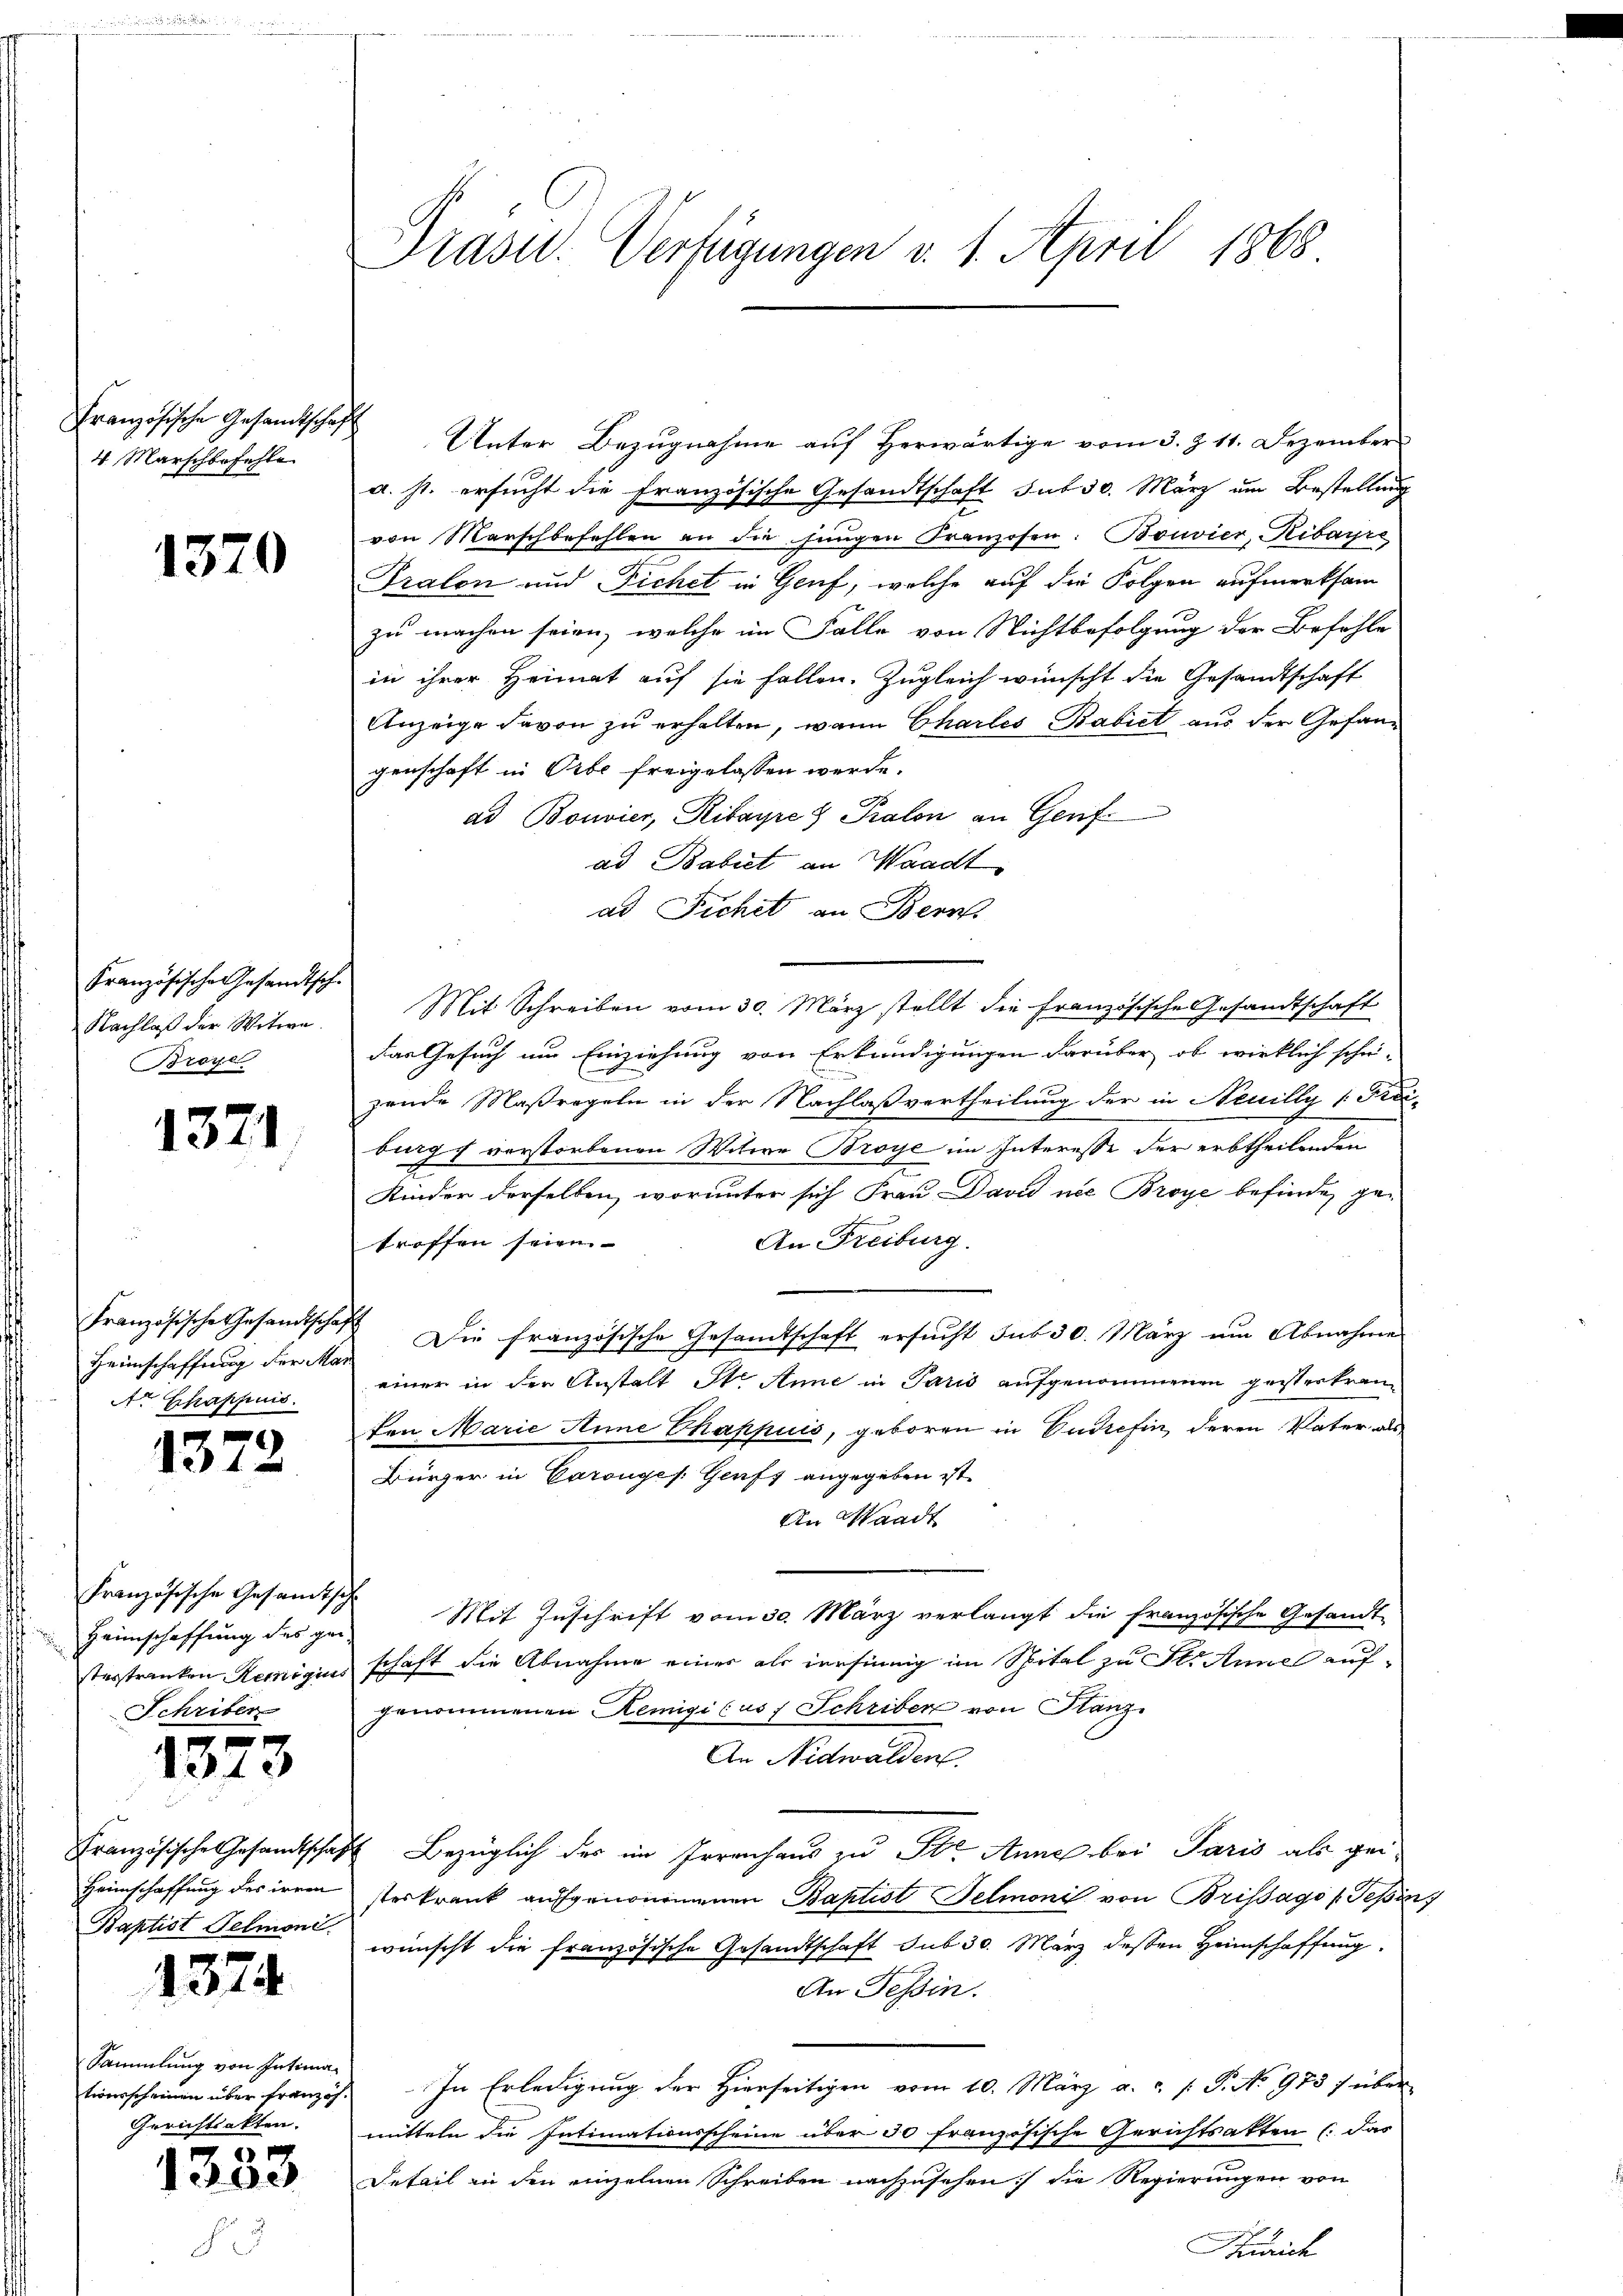
Französische Gesandtschaft
4. Marschbefehle

1370

Französische Gesandtsch-
Nachlaß der Witwe
Broye

1371.

Französische Gesandtschaf
 Heimschaffung der Ma¬
Ar Chappuis

1372

Französische Gesandtsc
Heimschaffung des gestesstranken Reiniguis
Schriber
5

1310

Französische Gesandtschaf
Heimschaffung des irren
Baptist Telmont.

1374

Sammlung von Intimationsscheinen über französ.
Gerichtsakten.

1333

Präsid. Verfügungen v. 1. April 1868

Unter Bezugnahme auf Herwärtige vom 3. Z. 11. Dezember
a. s. ersucht die französische Gesandtschaft sub 30. März um Bestellung
von Marschbefehlen an die jungen Franzosen: Bouvier, Ribayri
Tralon und Fichel in Genf, welche auf die Folgen aufmerksam
zu machen seien, welche im Falle von Nichtbefolgung der Befehle
in ihrer Heimat auf sie fallen. Zugleich wünscht die Gesandtschaft
Anzeige davon zu erhalten, wann Charlis Babiet aus der Gefangenschaft in Orbe freigelassen werde.
ad Bonvier, Ribayres Pralon an Genf
ad Babiet an Waadt
ad Fichet an Bern.
Mit Schreiben vom 30. März stellt die Französische Gesandtschaft
das Gesuch um Einziehung von Erkundigungen darüber, ob wirklich schei-
zende Maßregeln in der Nachlaßvertheilung der in Neuilly Frei-
burg verstorbenen Witwe Broye im Interesse der erbtheilenden
Kinder derselben, worunter sich Frau David nie Broye befinden ge-
An Freiburg.
troffen seien.
 Die französische Gesamtschaft ersucht sub 30. März um Abnahme
einer in der Anstalt St. Anne in Paris aufgenommenen geistertrauten Marie Anne Chappuis, geboren in Endrefin, deren Vater, als
Bürger in Carouges. Genf angegeben ist.
An Waadt
Mit Zuschrift vom 30. März verlangt die französische Gesandt
schaft die Abnahme einer als versinnig im Spital zu St. Anne aufgenommenen Remigicus Schriber von Kanz
An Nidwalden
 Bezüglich des im Irrenhaus zu St. Anne bei Paris als gei-
sterkrank aufgenommenen Baptist Felmonis von Brissago (Tessin
wünscht die französische Gesandtschaft sub 30. März dessen Heimschaffung
An Tessin.
In Erledigung der Hierseitigen vom 10. März a. ..  P. No 973 über
mitteln die Intimationsscheine über 30 französische Gerichtsakten (das
Detail in den einzelnen Schreiben nachzusehen) die Regierungen von
Kunrich